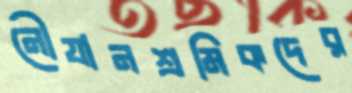
নৌযানশ্রমিকদের